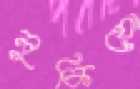
লুকিয়ো